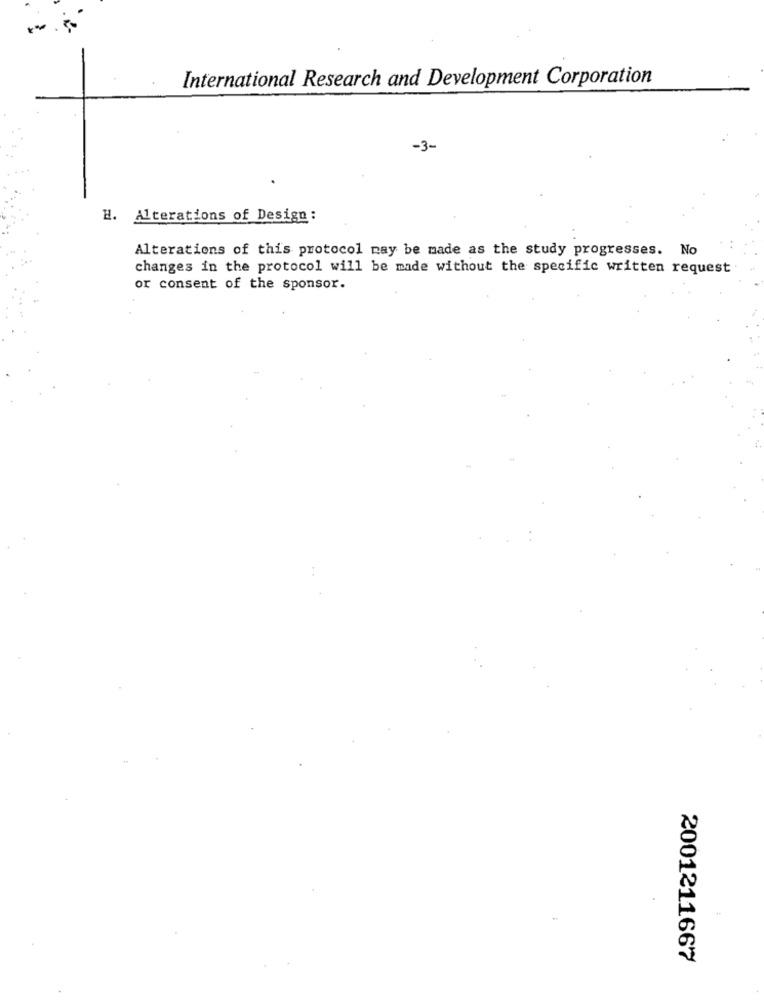
International Research and Development Corporation
-3-
H. Alterations of Design :
Alterations of this protocol may be made as the study progresses. No
changes in the protocol will be made without the specific written request
or consent of the sponsor.
2001211667